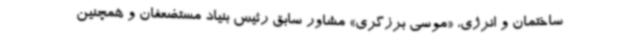
ساختمان و انرژی، «موسی برزگری» مشاور سابق رئیس بنیاد مستضعفان و همچنین